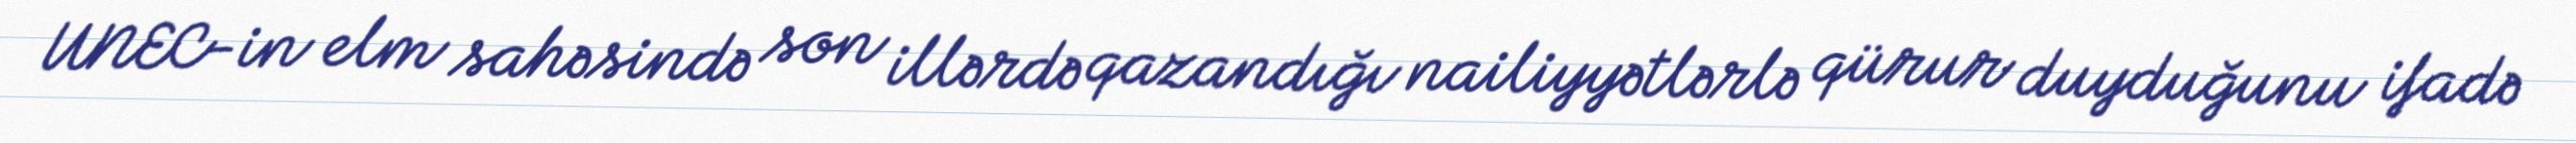
UNEC-in elm sahəsində son illərdə qazandığı nailiyyətlərlə qürur duyduğunu ifadə